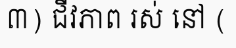
៣) ជីវភាព រស់ នៅ (